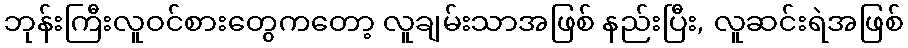
ဘုန်းကြီးလူဝင်စားတွေကတော့ လူချမ်းသာအဖြစ် နည်းပြီး, လူဆင်းရဲအဖြစ်